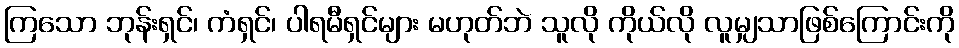
ကြသော ဘုန်းရှင်၊ ကံရှင်၊ ပါရမီရှင်များ မဟုတ်ဘဲ သူလို ကိုယ်လို လူမျှသာဖြစ်ကြောင်းကို